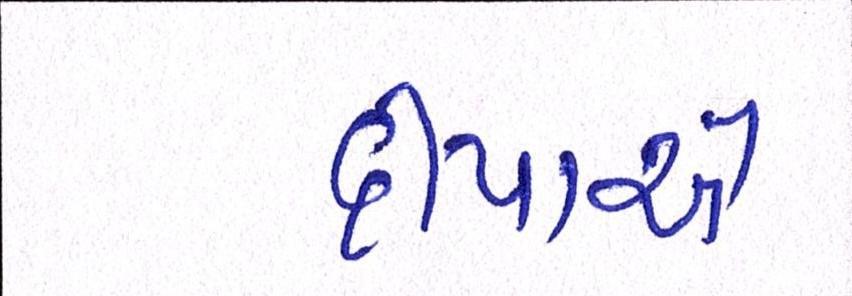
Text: દીપાએ